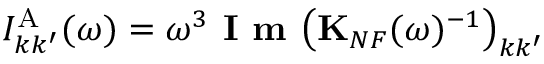
I _ { k k ^ { \prime } } ^ { \mathrm { A } } ( \omega ) = \omega ^ { 3 } \textbf { I m } \big ( \mathbf { K } _ { N F } ( \omega ) ^ { - 1 } \big ) _ { k k ^ { \prime } }